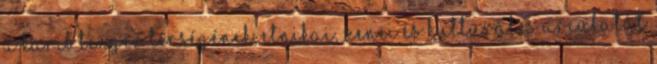
a Karib tenger térségének, etnikai, zenei és kulturális arculatát